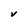
Character: V